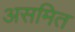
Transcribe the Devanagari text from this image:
असमित